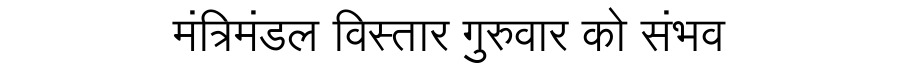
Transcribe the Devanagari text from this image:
मंत्रिमंडल विस्तार गुरुवार को संभव